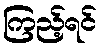
ကြည့်ရင်